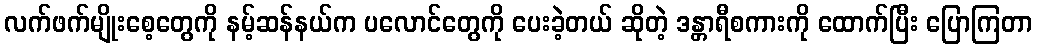
လက်ဖက်မျိုးစေ့တွေကို နမ့်ဆန်နယ်က ပလောင်တွေကို ပေးခဲ့တယ် ဆိုတဲ့ ဒန္တာရီစကားကို ထောက်ပြီး ပြောကြတာ